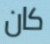
كان